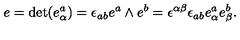
e = \mathrm { d e t } ( e _ { \alpha } ^ { a } ) = \epsilon _ { a b } e ^ { a } \wedge e ^ { b } = \epsilon ^ { \alpha \beta } \epsilon _ { a b } e _ { \alpha } ^ { a } e _ { \beta } ^ { b } .